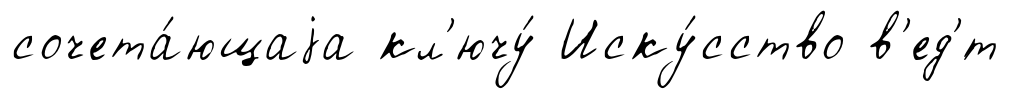
сочета́ющаjа кл'ючу́ Иску́сство в'ед'́т